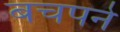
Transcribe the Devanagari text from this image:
बचपने